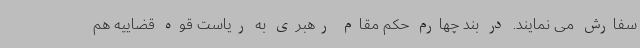
سفارش می نمایند. در بند چهارم حکم مقام رهبری به ریاست قوه قضاییه هم